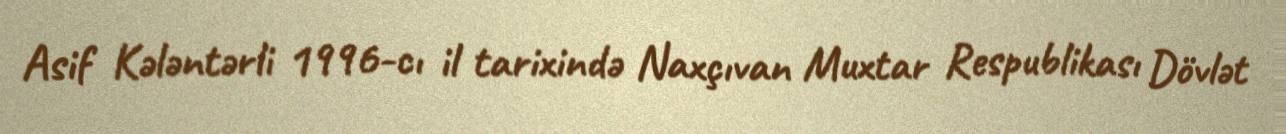
Asif Kələntərli 1996-cı il tarixində Naxçıvan Muxtar Respublikası Dövlət